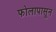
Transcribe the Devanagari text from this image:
फोलापासून